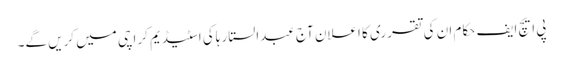
پی ایچ ایف حکام ان کی تقرری کا اعلان آج عبدالستار ہاکی اسٹیڈیم کراچی میں کریں گے۔